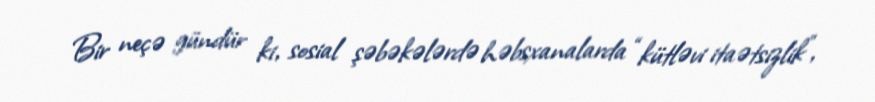
Bir neçə gündür ki, sosial şəbəkələrdə həbsxanalarda “kütləvi itaətsizlik”,